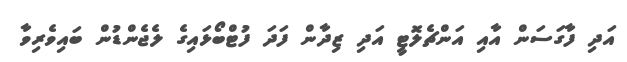
އަދި ފާގަސަން އާއި އަންޗެލޮޓީ އަދި ޒިދާން ފަދަ ފުޓްބޯޅައިގެ ލެޖެންޑުން ބައިވެރިވާ